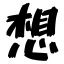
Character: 想